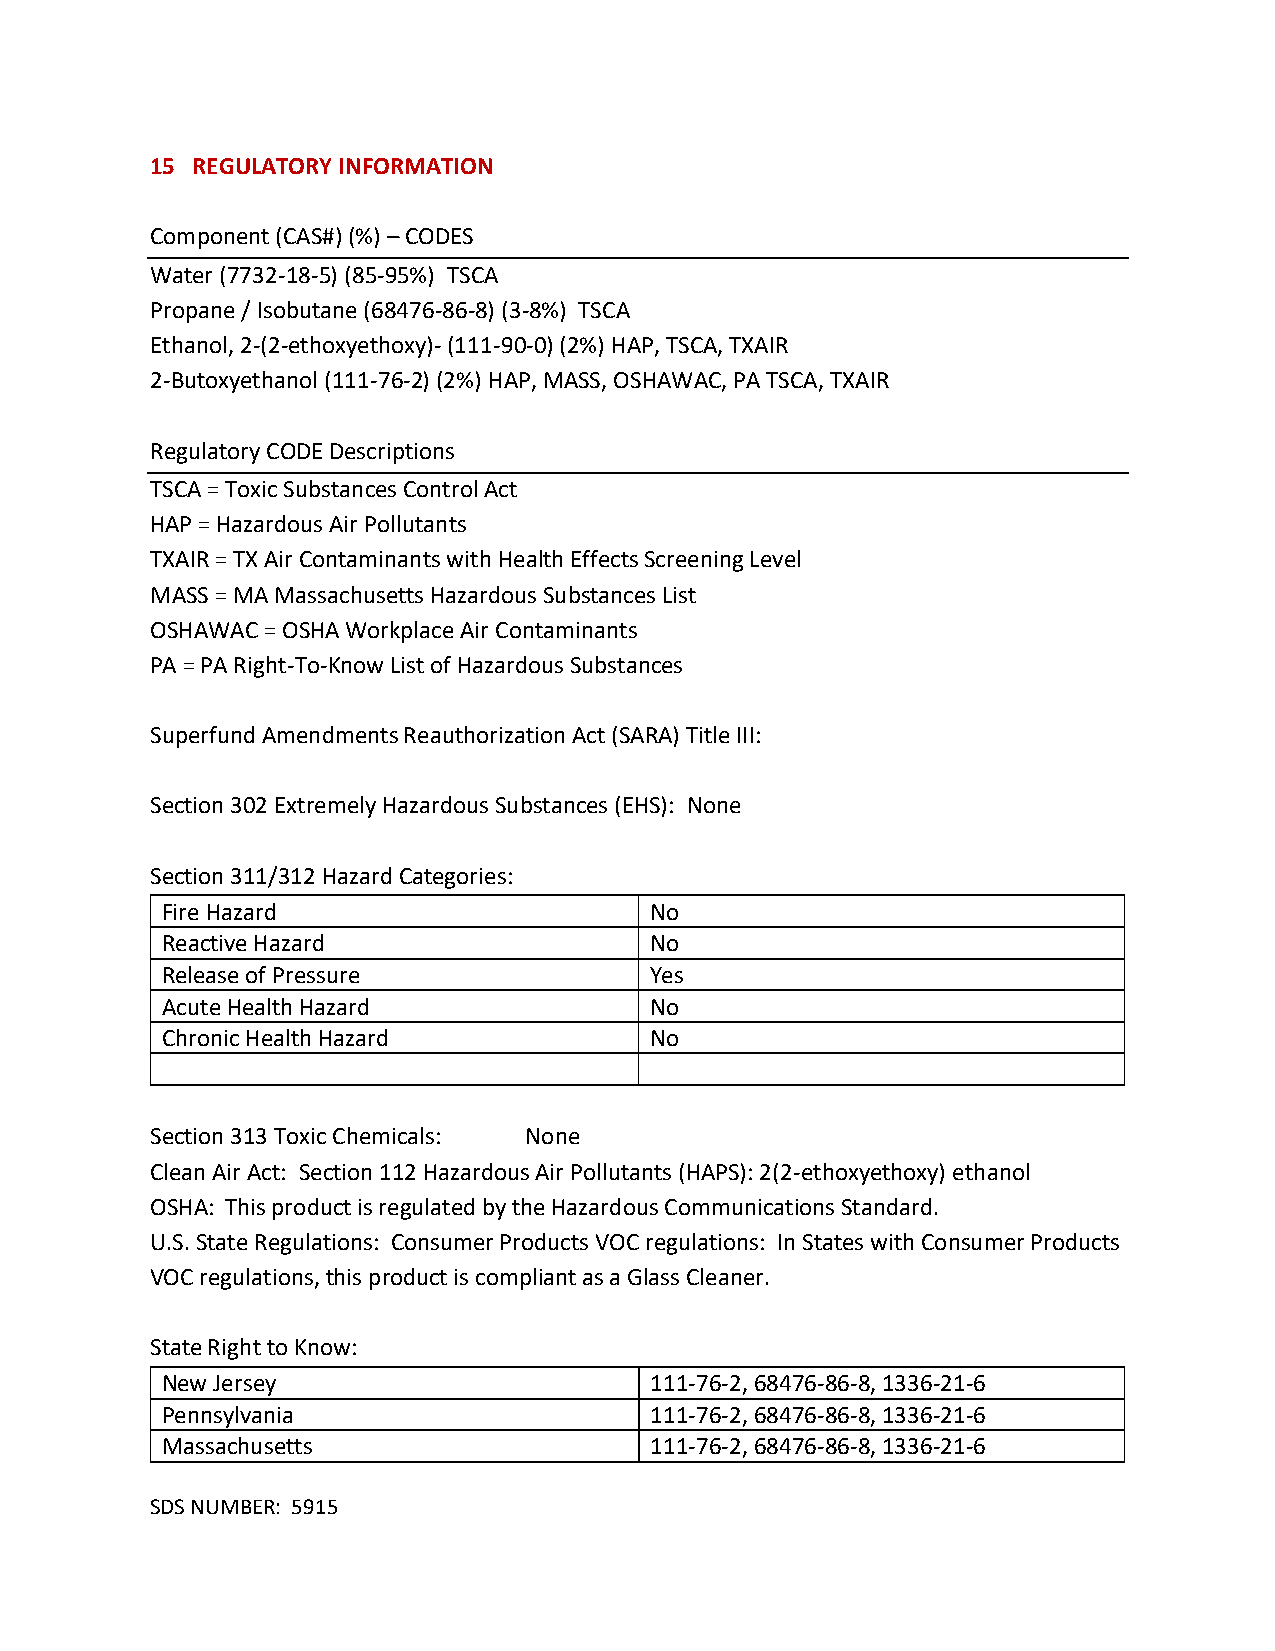
15 REGULATORY INFORMATION
 Component (CAS#) (%) – CODES
 Water (7732-18-5) (85-95%) TSCA
 Propane / Isobutane (68476-86-8) (3-8%) TSCA
 Ethanol, 2-(2-ethoxyethoxy)- (111-90-0) (2%) HAP, TSCA, TXAIR
 2-Butoxyethanol (111-76-2) (2%) HAP, MASS, OSHAWAC, PA TSCA, TXAIR
 Regulatory CODE Descriptions
 TSCA = Toxic Substances Control Act
 HAP = Hazardous Air Pollutants
 TXAIR = TX Air Contaminants with Health Effects Screening Level
 MASS = MA Massachusetts Hazardous Substances List
 OSHAWAC = OSHA Workplace Air Contaminants
 PA = PA Right-To-Know List of Hazardous Substances
 Superfund Amendments Reauthorization Act (SARA) Title III:
 Section 302 Extremely Hazardous Substances (EHS): None
 Section 311/312 Hazard Categories:
 Fire Hazard                     No
 Reactive Hazard                 No
 Release of Pressure             Yes
 Acute Health Hazard             No
 Chronic Health Hazard           No
 Section 313 Toxic Chemicals: None
 Clean Air Act: Section 112 Hazardous Air Pollutants (HAPS): 2(2-ethoxyethoxy) ethanol
 OSHA: This product is regulated by the Hazardous Communications Standard.
 U.S. State Regulations: Consumer Products VOC regulations: In States with Consumer Products
 VOC regulations, this product is compliant as a Glass Cleaner.
 State Right to Know:
 New Jersey                      111-76-2, 68476-86-8, 1336-21-6
 Pennsylvania                    111-76-2, 68476-86-8, 1336-21-6
 Massachusetts                   111-76-2, 68476-86-8, 1336-21-6
 SDS NUMBER: 5915